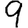
Digit: 9